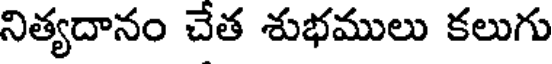
నిత్యదానం చేత శుభములు కలుగు